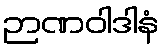
ဉာဏဝါဒါနံ